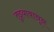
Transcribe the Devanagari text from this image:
तुझ्यावाचून